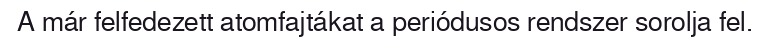
A már felfedezett atomfajtákat a periódusos rendszer sorolja fel.